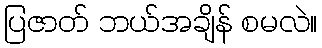
ပြဇာတ် ဘယ်အချိန် စမလဲ။